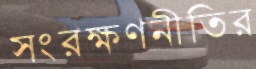
সংরক্ষণনীতির